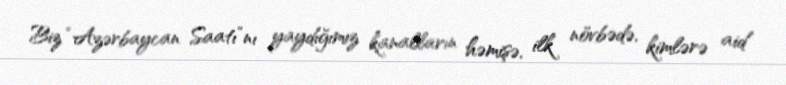
Biz “Azərbaycan Saatı”nı yaydığımız kanalların həmişə, ilk növbədə, kimlərə aid